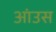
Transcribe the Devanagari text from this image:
आंउस